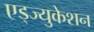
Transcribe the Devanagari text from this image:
एड्ज्युकेशन